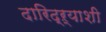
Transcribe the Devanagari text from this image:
दारिद्ऱ्याशी